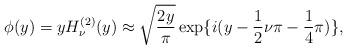
LaTeX: \begin{align*}\phi(y) = y H_{\nu}^{(2)}(y) \approx \sqrt{\frac{2y}{\pi}} \exp \lbrace i(y - \frac{1}{2} \nu \pi - \frac{1}{4} \pi) \rbrace,\end{align*}